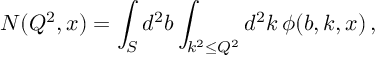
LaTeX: N ( Q ^ { 2 } , x ) = \int _ { S } d ^ { 2 } b \int _ { k ^ { 2 } \le Q ^ { 2 } } d ^ { 2 } k \, \phi ( b , k , x ) \, ,